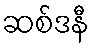
ဆစ်ဒနီ